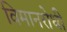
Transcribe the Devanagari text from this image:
विमानरोधी